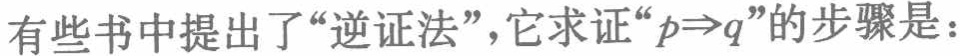
有些书中提出了“逆证法”，它求证“\(p\Rightarrow q\)”的步骤是：